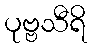
ပုဗ္ဗသီရိ